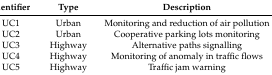
<table><thead><tr><td><b>Identifier</b></td><td><b>Type</b></td><td><b>Description</b></td></tr></thead><tbody><tr><td>UC1</td><td>Urban</td><td>Monitoring and reduction of air pollution</td></tr><tr><td>UC2</td><td>Urban</td><td>Cooperative parking lots monitoring</td></tr><tr><td>UC3</td><td>Highway</td><td>Alternative paths signalling</td></tr><tr><td>UC4</td><td>Highway</td><td>Monitoring of anomaly in traffic flows</td></tr><tr><td>UC5</td><td>Highway</td><td>Traffic jam warning</td></tr></tbody></table>